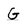
Character: G